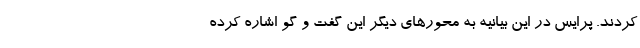
کردند. پرایس در این بیانیه به محورهای دیگر این گفت و گو اشاره کرده